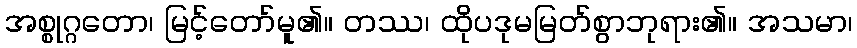
အစ္စုဂ္ဂတော၊ မြင့်တော်မူ၏။ တဿ၊ ထိုပဒုမမြတ်စွာဘုရား၏။ အသမာ၊